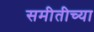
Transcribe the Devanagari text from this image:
समीतीच्या